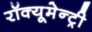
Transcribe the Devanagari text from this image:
रॉक्यूमेन्ट्री